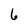
Character: 6